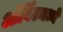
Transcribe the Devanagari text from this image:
ऑर्बिटमध्ये